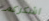
اشكركم